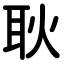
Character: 耿